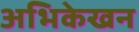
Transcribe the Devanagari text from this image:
अभिकेखन